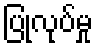
ပြုလုပ်မှု